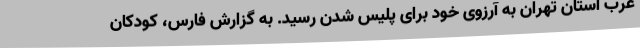
غرب استان تهران به آرزوی خود برای پلیس شدن رسید. به گزارش فارس، کودکان